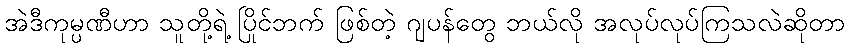
အဲဒီကုမ္ပဏီဟာ သူတို့ရဲ့ ပြိုင်ဘက် ဖြစ်တဲ့ ဂျပန်တွေ ဘယ်လို အလုပ်လုပ်ကြသလဲဆိုတာ